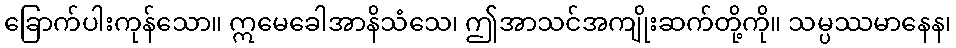
ခြောက်ပါးကုန်သော။ ဣမေခေါအာနိသံသေ၊ ဤအာသင်အကျိုးဆက်တို့ကို။ သမ္ပဿမာနေန၊